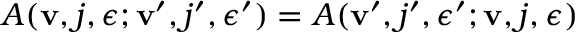
A ( { \bf v } , j , \epsilon ; { \bf v } ^ { \prime } , j ^ { \prime } , \epsilon ^ { \prime } ) = A ( { \bf v } ^ { \prime } , j ^ { \prime } , \epsilon ^ { \prime } ; { \bf v } , j , \epsilon )